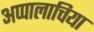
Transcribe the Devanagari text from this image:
अप्पालाचिया